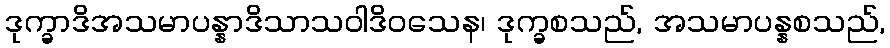
ဒုက္ခာဒိအသမာပန္နာဒိသာသဝါဒိဝသေန၊ ဒုက္ခစသည်, အသမာပန္နစသည်,